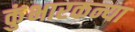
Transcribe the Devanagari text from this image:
कुंभारकन्या